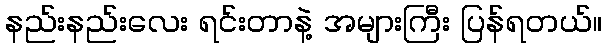
နည်းနည်းလေး ရင်းတာနဲ့ အများကြီး ပြန်ရတယ်။